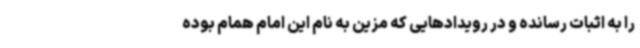
را به اثبات رسانده و در رویدادهایی که مزین به نام این امام همام بوده